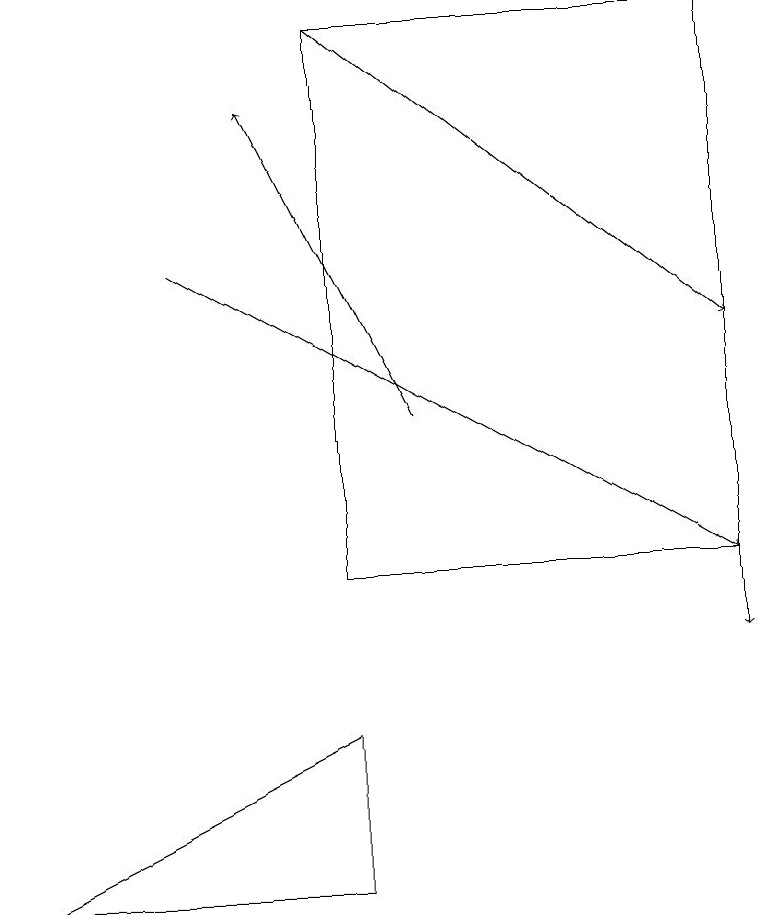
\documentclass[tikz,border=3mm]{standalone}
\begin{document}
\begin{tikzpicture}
\draw[->] (2,15) -- (9,11);
\draw[->] (5,13) -- (3,17);
\draw[->] (9,15) -- (9,10);
\draw[->] (4,18) -- (9,14);
\draw (4,18) rectangle (9,11);
\draw (0,7) -- (4,7) -- (4,9) -- cycle;
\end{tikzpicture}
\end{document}